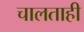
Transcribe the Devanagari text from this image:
चालताही